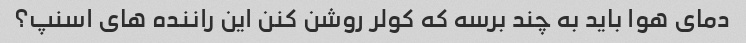
دمای هوا باید به چند برسه که کولر روشن کنن این راننده های اسنپ؟